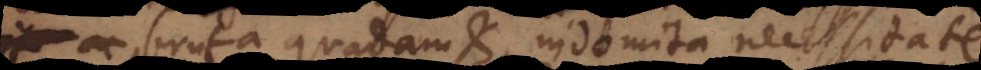
bruta quadam et indomita necessitate,